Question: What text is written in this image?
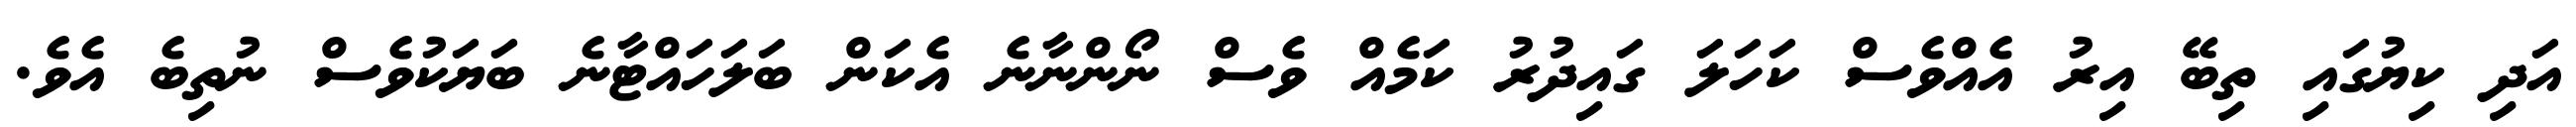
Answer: އަދި ކިޔުގައި ތިބޭ އިރު އެއްވެސް ކަހަލަ ގައިދުރު ކަމެއް ވެސް ނޯންނާނެ އެކަން ބަލަހައްޓާނެ ބަޔަކުވެސް ނުތިބެ އެވެ.